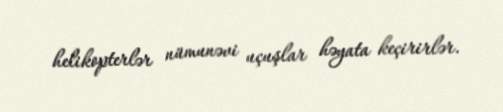
helikopterlər nümunəvi uçuşlar həyata keçirirlər.